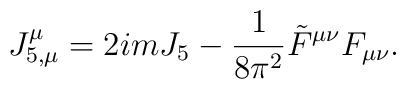
J^\mu_{5,\mu}=2imJ_5-\frac{1}{8\pi^2}\tilde{F}^{\mu\nu}F_{\mu\nu}.